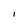
Character: I